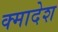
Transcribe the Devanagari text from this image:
क्मादेश